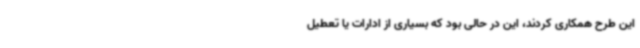
این طرح همکاری کردند، این در حالی بود که بسیاری از ادارات یا تعطیل